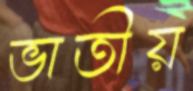
ভাতীয়